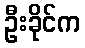
ဦးခိုင်က